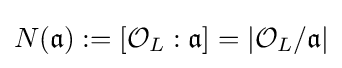
N({\mathfrak {a}}):=\left[{\mathcal {O}}_{L}:{\mathfrak {a}}\right]=\left|{\mathcal {O}}_{L}/{\mathfrak {a}}\right|